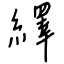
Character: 繹